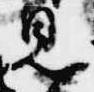
見